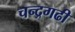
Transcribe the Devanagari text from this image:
चन्द्रगढी